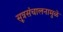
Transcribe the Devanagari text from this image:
सूत्रसंचालनामुळे